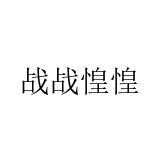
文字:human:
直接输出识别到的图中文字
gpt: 战战惶惶